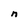
Character: n